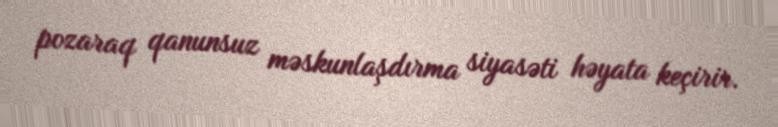
pozaraq qanunsuz məskunlaşdırma siyasəti həyata keçirir.